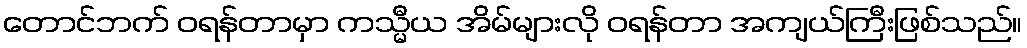
တောင်ဘက် ဝရန်တာမှာ ကသ္မီယ အိမ်များလို ဝရန်တာ အကျယ်ကြီးဖြစ်သည်။